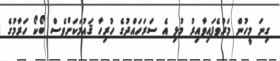
ގިނަ މީހުން މަރުވެފައިވާއިރު މުޅި އެ ސަރަހައްދުގެ ހުރިހާ ޤައުމަކަށްވެސް ބޯކޯ ހަރާމުގެ